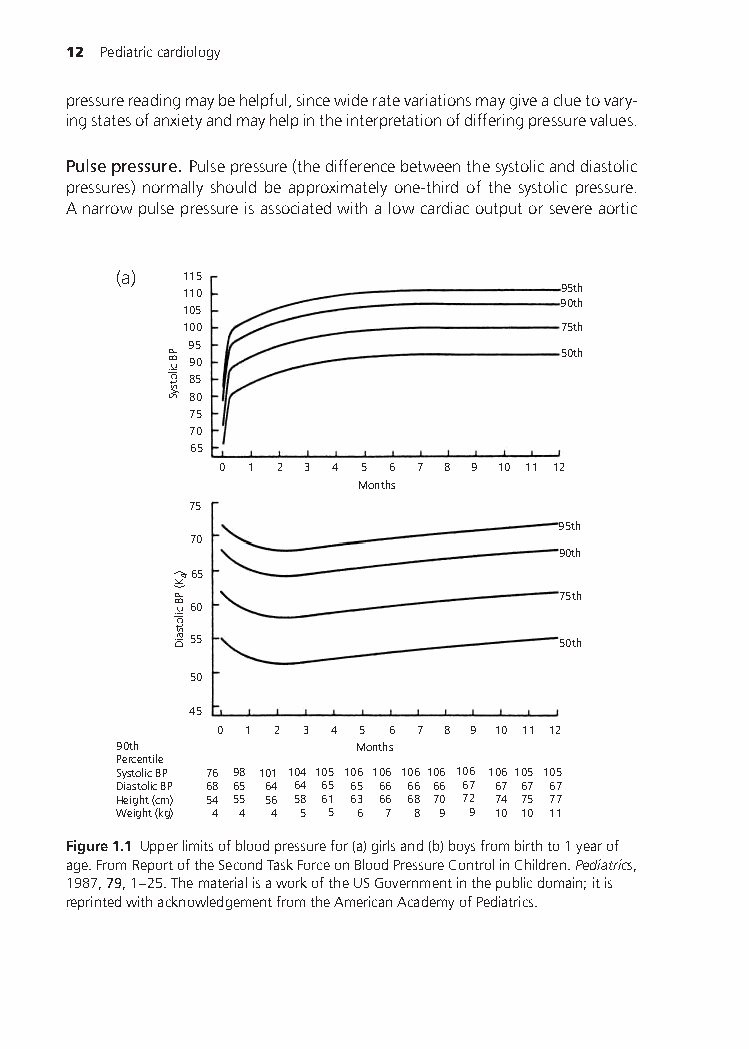
12 Pediatriccardiology
 pressurereadingmaybehelpful,sincewideratevariationsmaygiveacluetovary-
 ingstatesofanxietyandmayhelpintheinterpretationofdifferingpressurevalues.
 Pulsepressure. Pulsepressure(thedifferencebetweenthesystolicanddiastolic
 pressures) normally should be approximately one-third of the systolic pressure.
 Anarrowpulsepressureisassociatedwithalowcardiacoutputorsevereaortic
 (a)  115
 110                      95th
 90th
 105
 100                      75th
 95
 50th
 90
 85
 80
 75
 70
 65
 0 1 2 3 4 5 6 7 8 9 10 11 12
 Months
 75
 95th
 70
 90th
 65
 75th
 60
 55                      50th
 50
 45
 0 1 2 3 4 5 6 7 8 9 10 11 12
 90th            Months
 Percentile
 Systolic BP 76 98 101 104 105 106 106 106 106 106 106 105 105
 Diastolic BP 68 65 64 64 65 65 66 66 66 67 67 67 67
 Height (cm) 54 55 56 58 61 63 66 68 70 72 74 75 77
 Weight (kg) 4 4 4 5 5 6 7 8 9 9 10 10 11
 Figure1.1 Upperlimitsofbloodpressurefor(a)girlsand(b)boysfrombirthto1yearof
 age.FromReportoftheSecondTaskForceonBloodPressureControlinChildren.Pediatrics,
 1987,79,1–25.ThematerialisaworkoftheUSGovernmentinthepublicdomain;itis
 reprintedwithacknowledgementfromtheAmericanAcademyofPediatrics.
 PB
 cilotsyS
 )K(
 PB
 cilotsaiD
 4